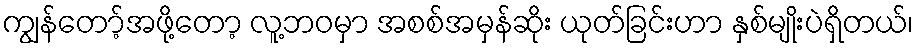
ကျွန်တော့်အဖို့တော့ လူ့ဘဝမှာ အစစ်အမှန်ဆိုး ယုတ်ခြင်းဟာ နှစ်မျိုးပဲရှိတယ်၊